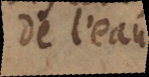
de l’eau